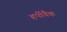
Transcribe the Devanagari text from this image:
हर्पीवैक